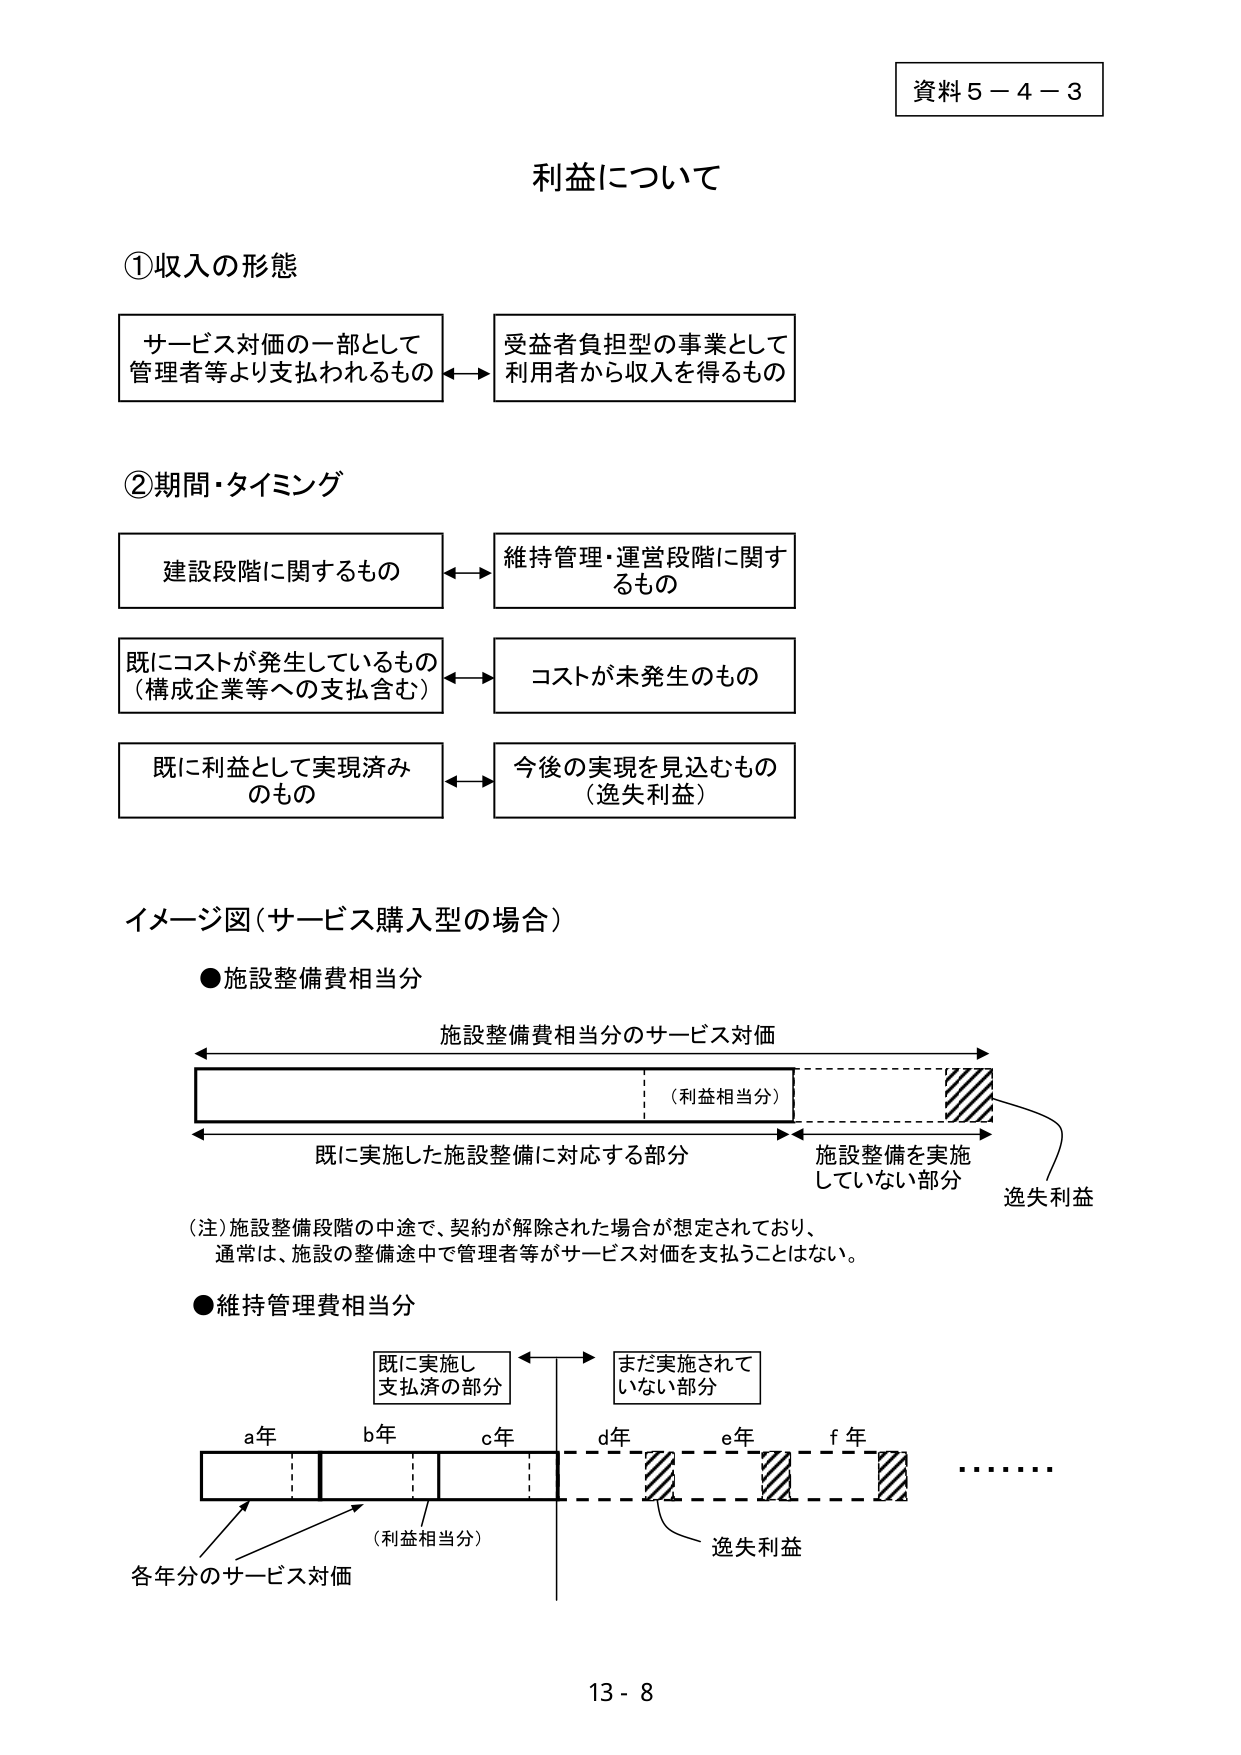
資料５－４－３

利益について

①収入の形態
サービス対価の一部として
管理者等より支払われるもの ←→ 受益者負担型の事業として
利用者から収入を得るもの

②期間・タイミング
建設段階に関するもの ←→ 維持管理・運営段階に関するもの
既にコストが発生しているもの
（構成企業等への支払含む） ←→ コストが未発生のもの
既に利益として実現済み
のもの ←→ 今後の実現を見込むもの
（逸失利益）

イメージ図（サービス購入型の場合）

●施設整備費相当分
施設整備費相当分のサービス対価
（利益相当分）
既に実施した施設整備に対応する部分
施設整備を実施
していない部分
逸失利益

（注）施設整備段階の中途で、契約が解除された場合が想定されており、
通常は、施設の整備途中で管理者等がサービス対価を支払うことはない。

●維持管理費相当分
既に実施し
支払済の部分 ←→ まだ実施されて
いない部分
a年 b年 c年 d年 e年 f年 ……
（利益相当分）
各年分のサービス対価
逸失利益

13 - 8